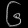
Digit: ၆